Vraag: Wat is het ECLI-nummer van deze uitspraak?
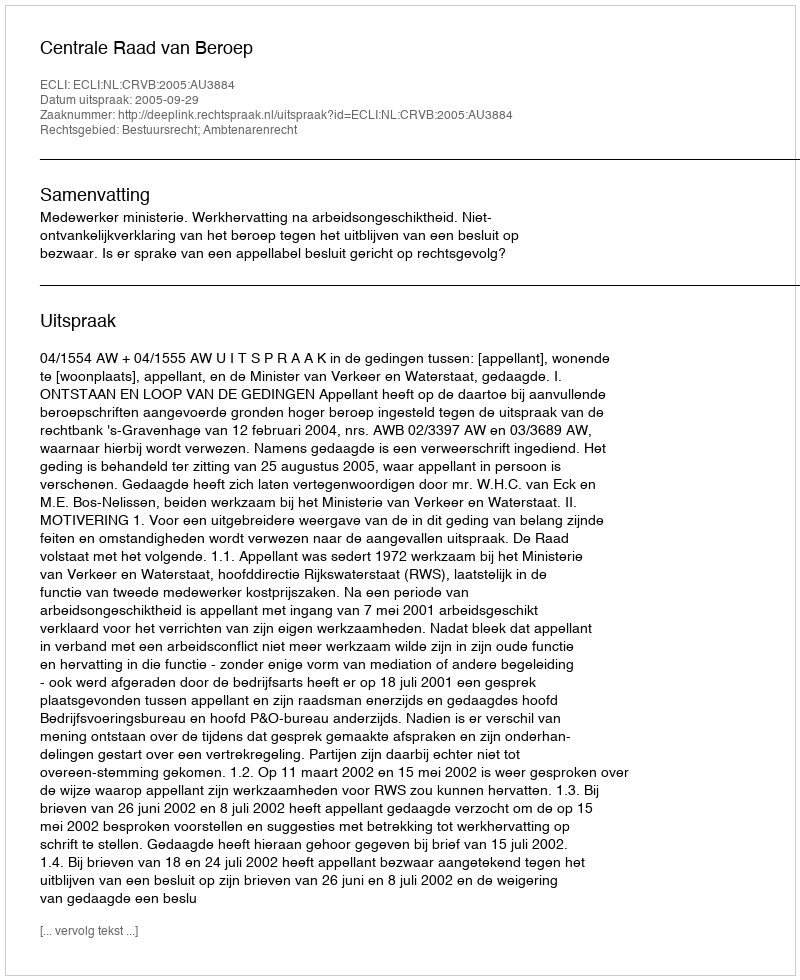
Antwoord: ECLI:NL:CRVB:2005:AU3884